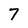
Character: 7